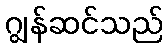
ဂျွန်ဆင်သည်